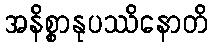
အနိစ္စာနုပဿိနောတိ